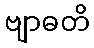
ဗျာဓတိ